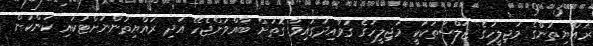
ރައްޔިތުންގެ މަޖިލީހުގެ ޖަލްސާތަކަކީ މަޖިލީހުގެ ގަވާއިދުގައިވާ ގޮތަށް ބާއްވަންޖެހޭ އަދި ރައްޔިތުންނަށްޓަކައި ކަންކަން